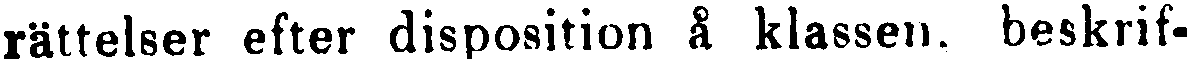
rättelser efter disposition å klassen, beskrif-